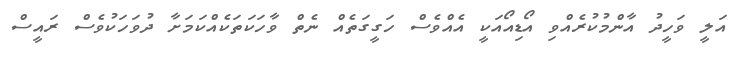
އަލީ ވަހީދު އާންމުކުރެއްވި އޯޑިއޯއަކީ އެއްވެސް ހަގީގަތެއް ނެތް ވާހަކަތަކެއްކަމަށާ ދުވަހަކުވެސް ރައީސް